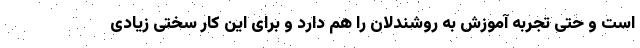
است و حتی تجربه آموزش به روشندلان را هم دارد و برای این کار سختی زیادی